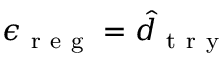
\epsilon _ { \mathrm { ~ r ~ e ~ g ~ } } = \hat { d } _ { \mathrm { ~ t ~ r ~ y ~ } }